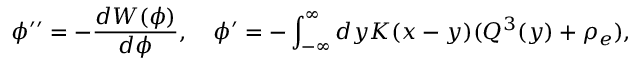
\phi ^ { \prime \prime } = - { \frac { d W ( \phi ) } { d \phi } } , \quad \phi ^ { \prime } = - \int _ { - \infty } ^ { \infty } d y K ( x - y ) ( Q ^ { 3 } ( y ) + \rho _ { e } ) ,